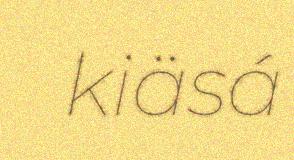
kiäsá